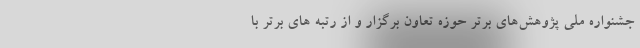
جشنواره ملی پژوهش‌های برتر حوزه تعاون برگزار و از رتبه های برتر با